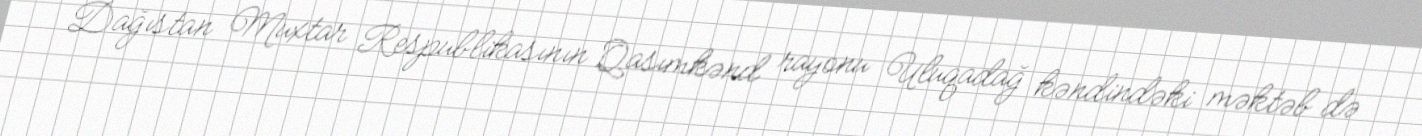
Dağıstan Muxtar Respublikasının Qasımkənd rayonu Uluqadağ kəndindəki məktəb də